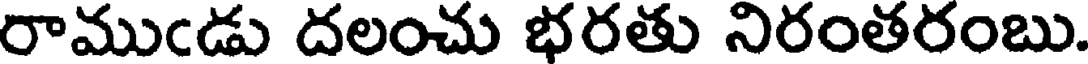
రాముండు దలంచు భరతు నిరంతరంబు.